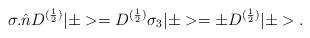
LaTeX: \begin{align*}{\sigma}.\hat{n}D^{(\frac{1}{2})}|\pm>=D^{(\frac{1}{2})}{\sigma}_3|\pm>={\pm}D^{(\frac{1}{2})}|\pm>.\end{align*}